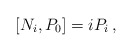
\begin{align*} \left[N_{i},P_{0}\right] = i P_{i}\, ,\end{align*}